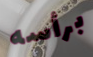
برأسه